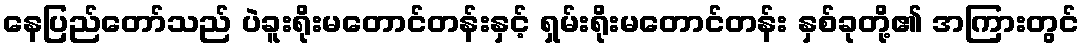
နေပြည်တော်သည် ပဲခူးရိုးမတောင်တန်းနှင့် ရှမ်းရိုးမတောင်တန်း နှစ်ခုတို့၏ အကြားတွင်